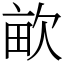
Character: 𣢿